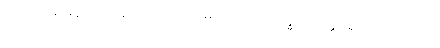
သည်။ ပုရိမနယေနေဝ၊ သာလျှင်။ မဟာသံဃရက္ခိတတ္ထေရော ဝိယ၊ ကဲ့သို့။